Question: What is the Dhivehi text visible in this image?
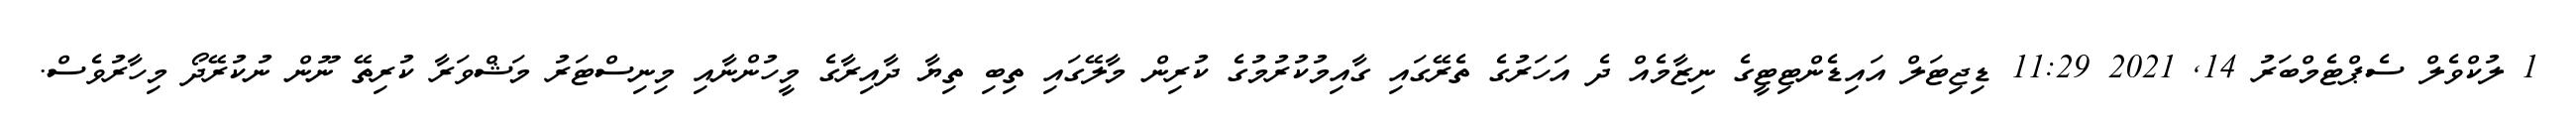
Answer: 1 ލުކްވެލް ސެޕްޓެމްބަރު 14, 2021 11:29 ޑިޖިޓަލް އައިޑެންޓިޓީގެ ނިޒާމެއް ދެ އަހަރުގެ ތެރޭގައި ގާއިމުކުރުމުގެ ކުރިން މާލޭގައި ތިބި ތިޔާ ދާއިރާގެ މީހުންނާއި މިނިސްޓަރު މަޝްވަރާ ކުރިތޭ ނޫން ނުކުރޭދޯ މިހާރުވެސް.